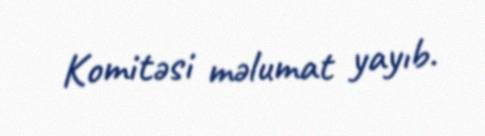
Komitəsi məlumat yayıb.